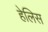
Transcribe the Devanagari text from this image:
हेलिस